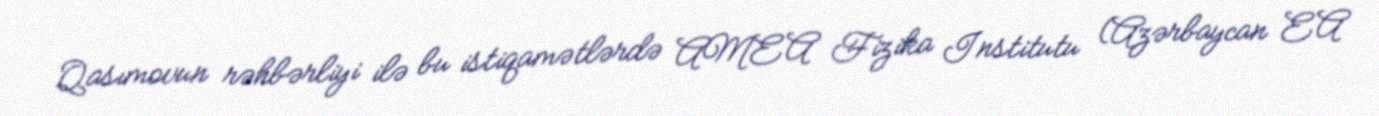
Qasımovun rəhbərliyi ilə bu istiqamətlərdə AMEA Fizika Institutu (Azərbaycan EA